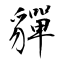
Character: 貚